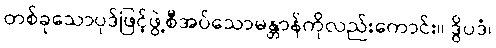
တစ်ခုသောပုဒ်ဖြင့်ဖွဲ့စီအပ်သောမန္တာန်ကိုလည်းကောင်း။ ဒွိပဒံ၊